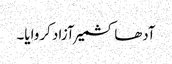
آدھا کشمیر آزاد کروایا۔